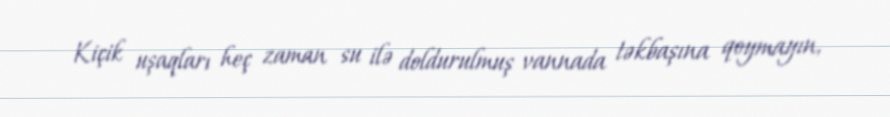
Kiçik uşaqları heç zaman su ilə doldurulmuş vannada təkbaşına qoymayın,